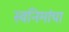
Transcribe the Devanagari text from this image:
स्वनिमांचा